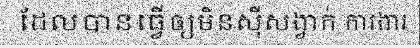
ដែលបានធ្វើឲ្យមិនស៊ីសង្វាក់ ការងារ